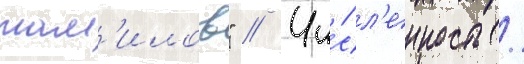
там'илов" // Чи́сл'енность /